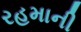
રહમાની